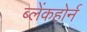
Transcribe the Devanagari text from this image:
ब्लेंकहोर्न